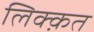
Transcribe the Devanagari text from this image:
लिक्क़त